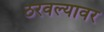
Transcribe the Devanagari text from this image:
ठरवल्यावर